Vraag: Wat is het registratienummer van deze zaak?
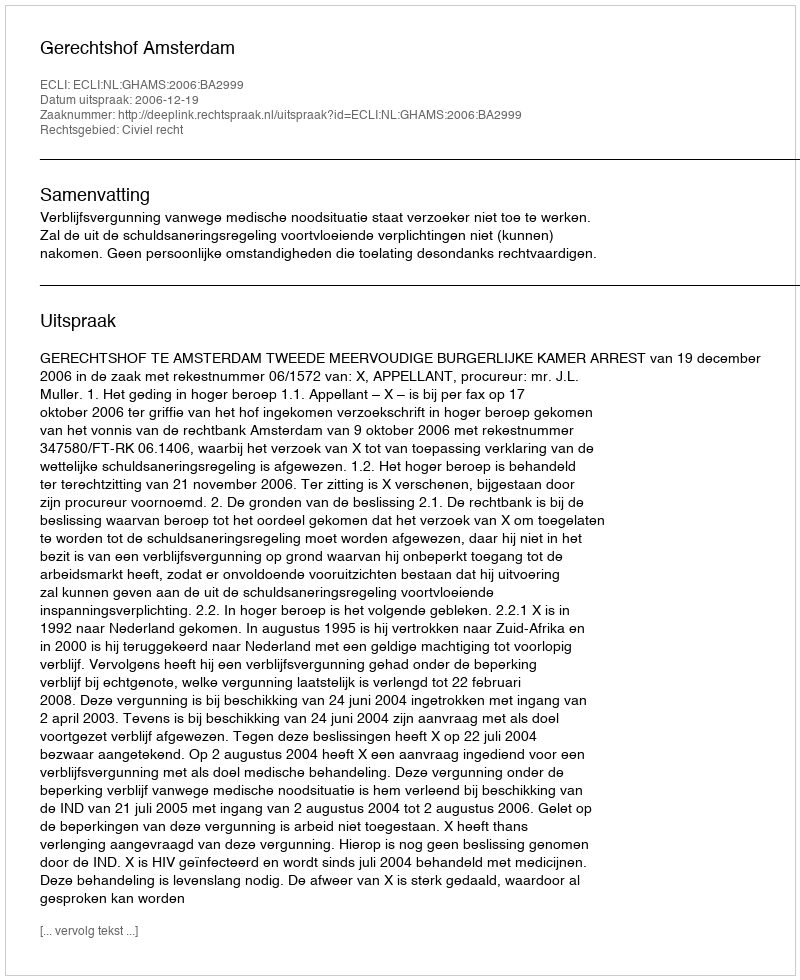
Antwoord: http://deeplink.rechtspraak.nl/uitspraak?id=ECLI:NL:GHAMS:2006:BA2999